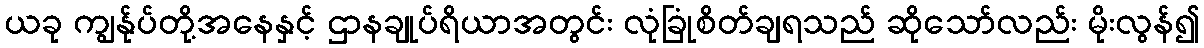
ယခု ကျွန်ုပ်တို့အနေနှင့် ဌာနချုပ်ရိယာအတွင်း လုံခြုံစိတ်ချရသည် ဆိုသော်လည်း မိုးလွန်၍